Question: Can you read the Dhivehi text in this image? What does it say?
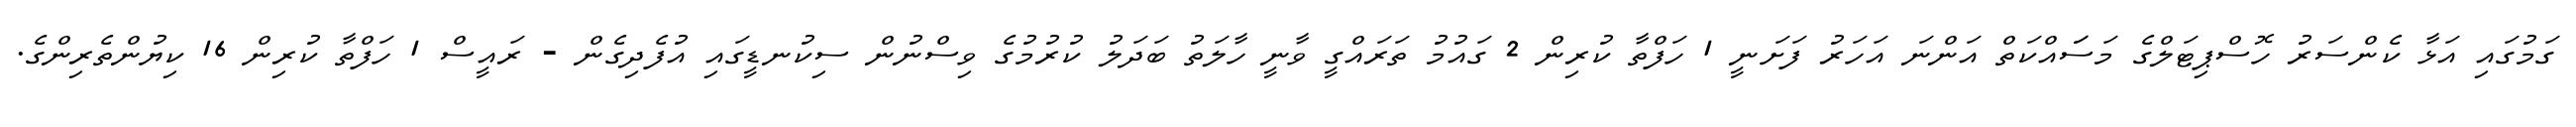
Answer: ގަމުގައި އަޅާ ކެންސަރު ހޮސްޕިޓަލްގެ މަސަައްކަތް އަންނަ އަހަރު ފަށަނީ 1 ހަފްތާ ކުރިން 2 ގައުމު ތަރައްގީ ވާނީ ހާލަތު ބަދަލު ކުރުމުގެ ވިސްނުން ސިކުނޑީގައި އުފެދިގެން - ރައީސް 1 ހަފްތާ ކުރިން 16 ކިޔުންތެރިންގެ.